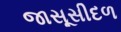
જાસૂસીદળ